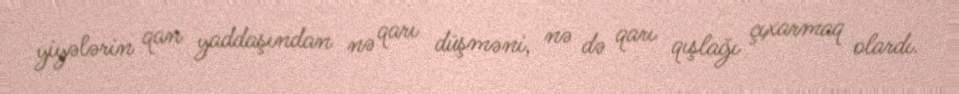
yiyələrin qan yaddaşından nə qarı düşməni, nə də qarı qışlağı çıxarmaq olardı.